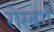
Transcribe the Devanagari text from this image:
रोस्बर्ग